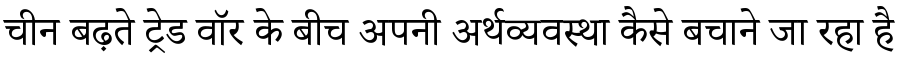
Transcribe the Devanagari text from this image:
चीन बढ़ते ट्रेड वॉर के बीच अपनी अर्थव्यवस्था कैसे बचाने जा रहा है